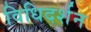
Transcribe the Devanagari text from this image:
विधिदर्शन